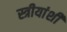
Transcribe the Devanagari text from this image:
स्त्रीयांशी